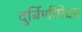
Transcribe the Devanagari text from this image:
दुर्बिणीपेक्षा